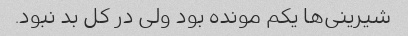
شیرینی‌ها یکم مونده بود ولی در کل بد نبود.